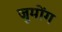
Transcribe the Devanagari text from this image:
जुमोंग